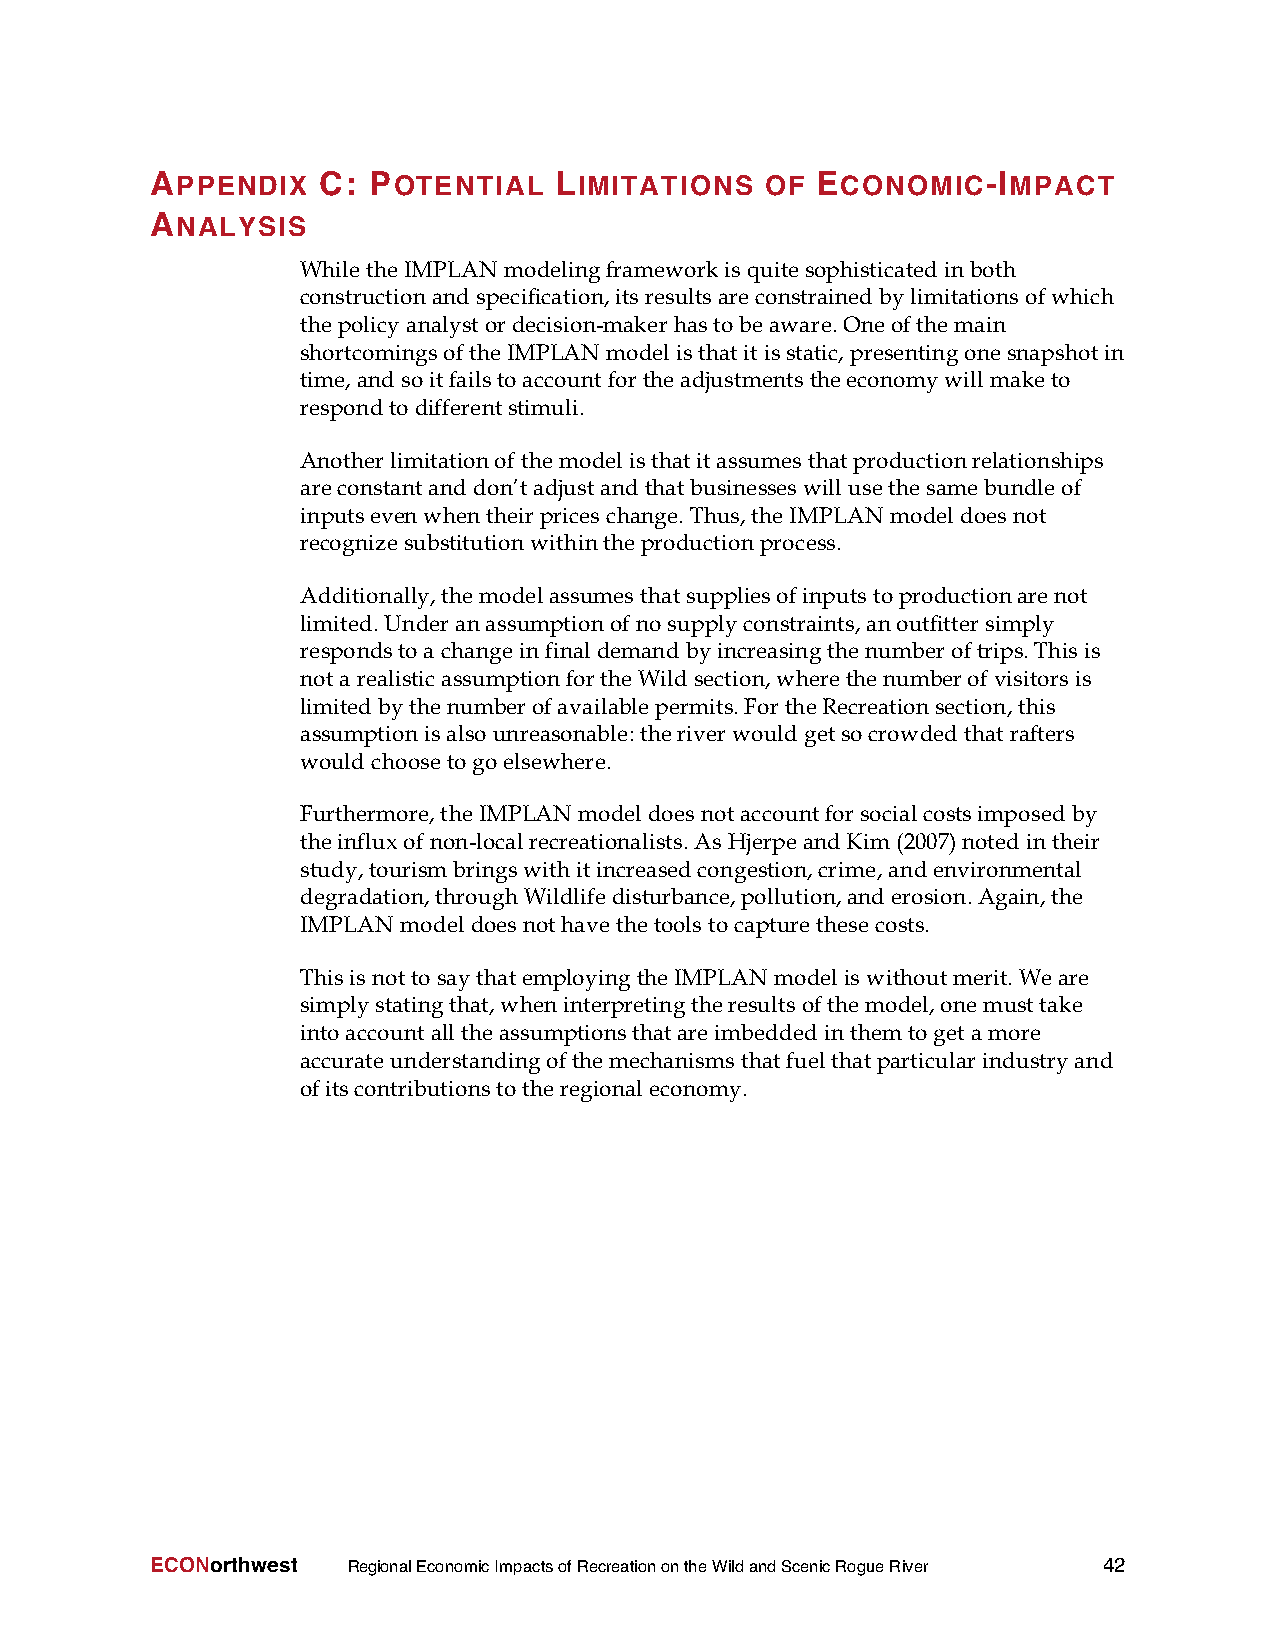
APPENDIX   C: POTENTIAL    LIMITATIONS   OF ECONOMIC-IMPACT
 ANALYSIS
 WhiletheIMPLANmodelingframeworkisquitesophisticatedinboth
 constructionandspecification,itsresultsareconstrainedbylimitationsofwhich
 thepolicyanalystordecision-makerhastobeaware.Oneofthemain
 shortcomingsoftheIMPLANmodelisthatitisstatic,presentingonesnapshotin
 time,andsoitfailstoaccountfortheadjustmentstheeconomywillmaketo
 respondto differentstimuli.
 Anotherlimitationofthemodelisthatitassumes thatproductionrelationships
 areconstantand don’tadjustandthatbusinesses willusethesamebundleof
 inputsevenwhentheirpriceschange.Thus,theIMPLANmodeldoesnot
 recognizesubstitutionwithintheproductionprocess.
 Additionally,themodelassumesthatsuppliesofinputstoproductionarenot
 limited.Underanassumptionofnosupplyconstraints,anoutfittersimply
 respondstoa changeinfinaldemandbyincreasingthenumberoftrips.Thisis
 nota realisticassumptionfortheWildsection,wherethenumberof visitorsis
 limitedbythenumberofavailablepermits.FortheRecreationsection,this
 assumptionisalsounreasonable:theriverwould getsocrowdedthatrafters
 wouldchoosetogoelsewhere.
 Furthermore,theIMPLANmodeldoesnotaccountforsocialcostsimposedby
 theinfluxofnon-localrecreationalists.AsHjerpeandKim(2007)notedintheir
 study,tourismbringswithitincreasedcongestion,crime,andenvironmental
 degradation,throughWildlifedisturbance,pollution,anderosion.Again,the
 IMPLANmodel doesnothavethetoolstocapturethesecosts.
 ThisisnottosaythatemployingtheIMPLANmodeliswithoutmerit. Weare
 simplystatingthat,wheninterpretingtheresultsofthemodel,onemusttake
 intoaccountalltheassumptionsthatareimbeddedinthemtogetamore
 accurateunderstandingofthemechanismsthatfuelthatparticularindustryand
 ofitscontributionstotheregionaleconomy.
 ECONorthwest RegionalEconomicImpactsofRecreationontheWildandScenicRogueRiver 42